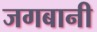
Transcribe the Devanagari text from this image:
जगबानी